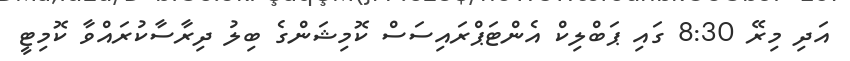
އަދި މިރޭ 8:30 ގައި ޕަބްލިކް އެންޓަޕްރައިސަސް ކޮމިޝަންގެ ބިލު ދިރާސާކުރައްވާ ކޮމިޓީ